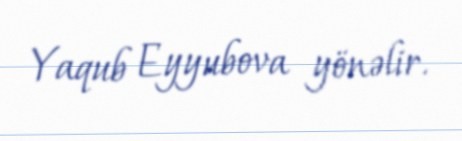
Yaqub Eyyubova yönəlir.